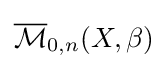
{\overline {\mathcal {M}}}_{0,n}(X,\beta )